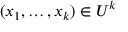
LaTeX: ( x _ { 1 } , \dots , x _ { k } ) \in U ^ { k }